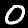
Digit: 0